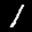
Label: 1